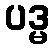
ပဒ္မ